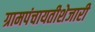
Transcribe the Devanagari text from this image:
ग्रामपंचायतीशेजारी